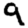
Digit: 9